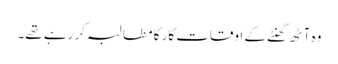
وہ آٹھ گھنٹے کے اوقات کار کا مطالبہ کر رہے تھے۔